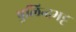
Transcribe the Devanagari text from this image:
पुलिन्दभट्ट